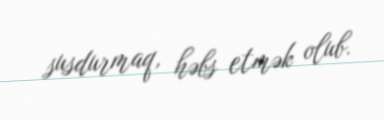
susdurmaq, həbs etmək olub.